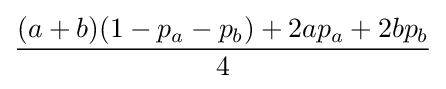
{\frac {(a+b)(1-p_{a}-p_{b})+2ap_{a}+2bp_{b}}{4}}